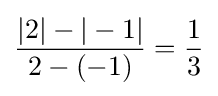
{\frac {|2|-|-1|}{2-(-1)}}={\frac {1}{3}}